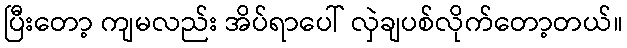
ပြီးတော့ ကျမလည်း အိပ်ရာပေါ် လှဲချပစ်လိုက်တော့တယ်။